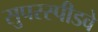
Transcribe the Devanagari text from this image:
सुपरस्पीडवे